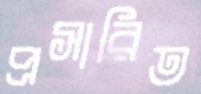
প্রসারিত